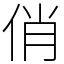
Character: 俏